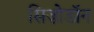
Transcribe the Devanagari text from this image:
सिज़ोडॉन